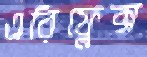
এরিফ্লেক্স